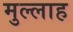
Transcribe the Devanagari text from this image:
मुल्‍लाह